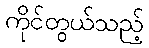
ကိုင်တွယ်သည့်